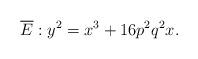
LaTeX: \begin{align*}\overline{E }: y^2=x^3 +16 p^2q^2 x.\end{align*}